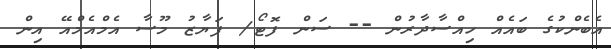
އެބެންކުގެ ބައެއް ހިއްސާދާރުން -- ސަން ފޮޓޯ/ ފަޔާޒު މޫސާ އެމްއެމްއޭ އިން